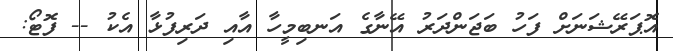
އޮޕަރޭޝަނަށް ފަހު ބަޖަންދަރު އޭނާގެ އަނބިމީހާ އާއި ދަރިފުޅާ އެކު -- ފޮޓޯ: